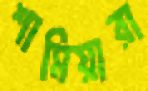
শামিয়ারা